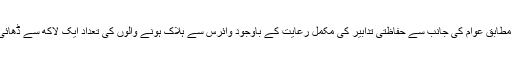
صدارتی محل کے مطابق عوام کی جانب سے حفاظتی تدابیر کی مکمل رعایت کے باوجود وائرس سے ہلاک ہونے والوں کی تعداد ایک لاکھ سے ڈھائی لاکھ ہوسکتی ہے۔